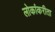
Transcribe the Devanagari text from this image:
लोकांकरीता